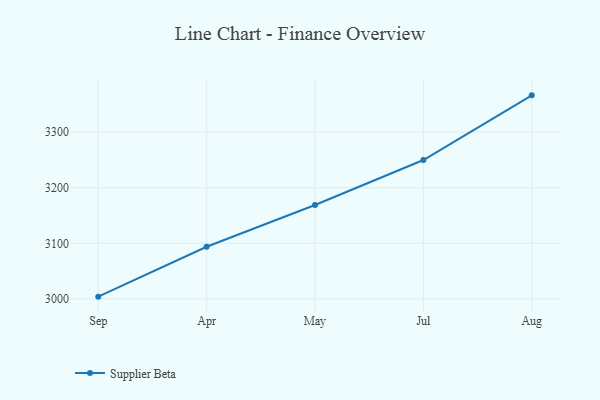
{"axis": {"x": "Month", "y": "Temperature (°C)"}, "legend": ["Supplier Beta"], "data": [{"x": "Sep", "y": 3004.0, "type": "Supplier Beta"}, {"x": "Apr", "y": 3093.8, "type": "Supplier Beta"}, {"x": "May", "y": 3168.9, "type": "Supplier Beta"}, {"x": "Jul", "y": 3249.9, "type": "Supplier Beta"}, {"x": "Aug", "y": 3366.2, "type": "Supplier Beta"}]}